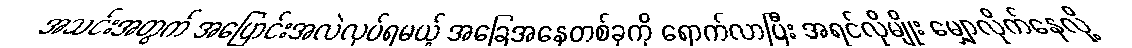
အသင်းအတွက် အပြောင်းအလဲလုပ်ရမယ့် အခြေအနေတစ်ခုကို ရောက်လာပြီး အရင်လိုမျိုး မျှောလိုက်နေလို့